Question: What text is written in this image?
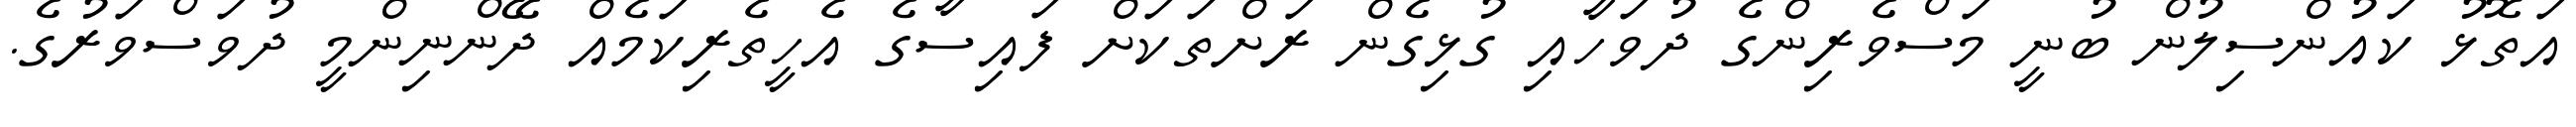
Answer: އަތޮޅު ކައުންސިލުން ބުނީ މަސްވެރިންގެ ދުވަހާއި ގުޅިގެން ރަށްތަކަށް ފައިސާގެ އެހީތެރިކަމެއް ދޭންނިންމީ ދުވަސްވަރުގެ.